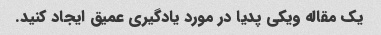
یک مقاله ویکی پدیا در مورد یادگیری عمیق ایجاد کنید.